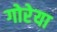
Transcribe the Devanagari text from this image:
गोरेया